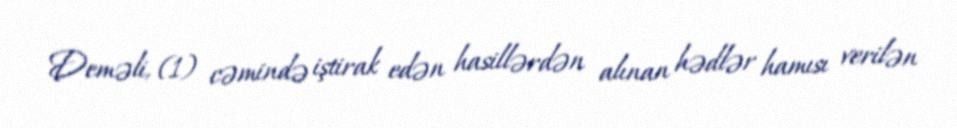
Deməli, (1) cəmində iştirak edən hasillərdən alınan hədlər hamısı verilən